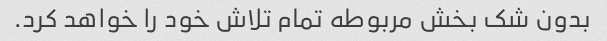
بدون شک بخش مربوطه تمام تلاش خود را خواهد کرد.